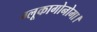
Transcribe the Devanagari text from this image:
ग्लूकागोनोमा।